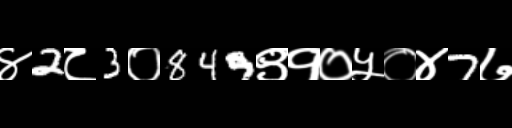
Text: ४2८3०849९१०५०४7७